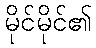
မိုင်မိုင်၏